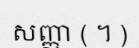
សញ្ញា ( ។ )